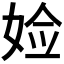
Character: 𫰰